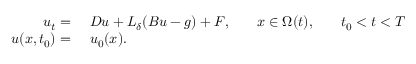
\begin{array} { r l r l r l } { u _ { t } = \ } & { { } D u + L _ { \delta } ( B u - g ) + F , } & { } & { { } x \in \Omega ( t ) , } & { } & { { } t _ { 0 } < t < T } \\ { u ( x , t _ { 0 } ) = \ } & { { } u _ { 0 } ( x ) . } \end{array}